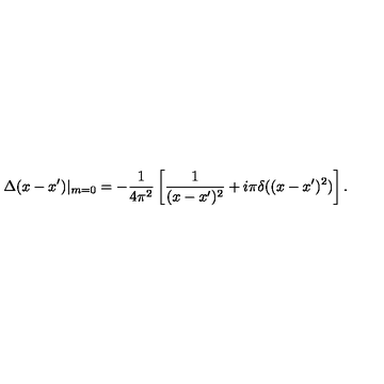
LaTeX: \Delta ( x - x ^ { \prime } ) | _ { m = 0 } = - \frac { 1 } { 4 \pi ^ { 2 } } \left[ \frac { 1 } { ( x - x ^ { \prime } ) ^ { 2 } } + i \pi \delta ( ( x - x ^ { \prime } ) ^ { 2 } ) \right] .